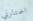
اختارني